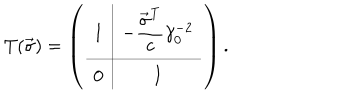
T ( \vec { \sigma } ) = \left( \begin{array} { c | c } { { 1 } } & { { \displaystyle - \frac { \vec { \sigma } ^ { \mathrm { T } } } { c } \gamma _ { 0 } ^ { - 2 } } } \\ \hline { { 0 } } & { { I } } \\ \end{array} \right) .